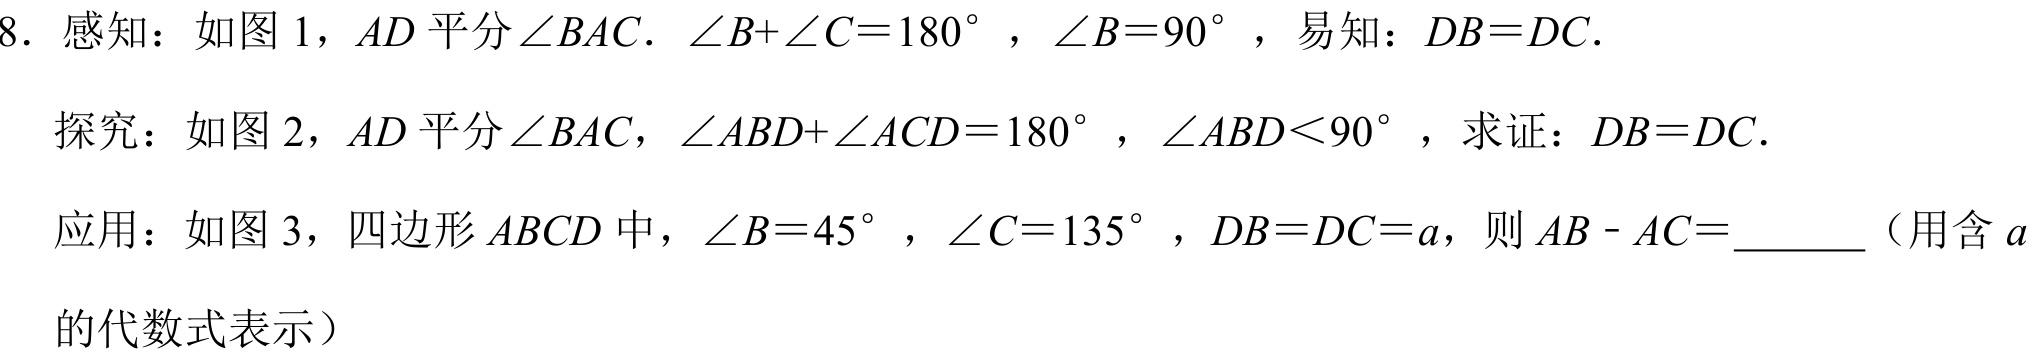
8. 感知：如图 1，\(AD\) 平分\(\angle BAC\). \(\angle B + \angle C = 180^{\circ}\)，\(\angle B = 90^{\circ}\)，易知：\(DB = DC\).
探究：如图 2，\(AD\) 平分\(\angle BAC\)，\(\angle ABD+\angle ACD = 180^{\circ}\)，\(\angle ABD<90^{\circ}\)，求证：\(DB = DC\).
应用：如图 3，四边形 \(ABCD\) 中，\(\angle B = 45^{\circ}\)，\(\angle C = 135^{\circ}\)，\(DB = DC = a\)，则 \(AB - AC=\underline{\quad\quad}\)（用含 \(a\) 的代数式表示）